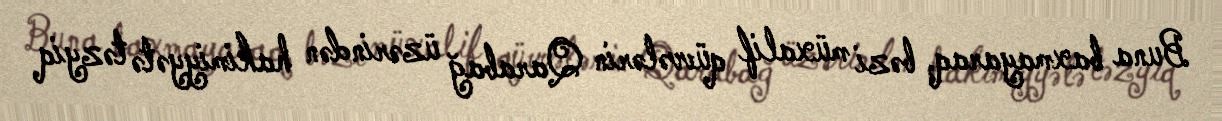
Buna baxmayaraq, bəzi müxalif qüvvələrin Qarabağ üzərindən hakimiyyətə təzyiq